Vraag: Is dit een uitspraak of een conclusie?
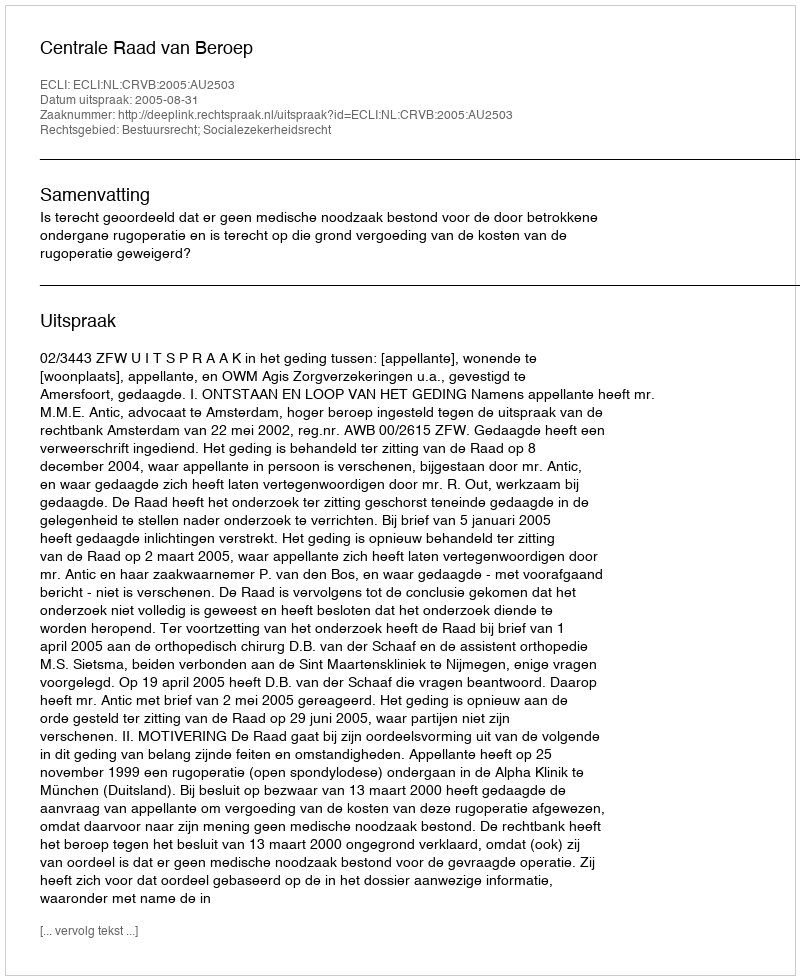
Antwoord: Uitspraak